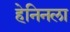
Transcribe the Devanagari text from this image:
हेनिनला